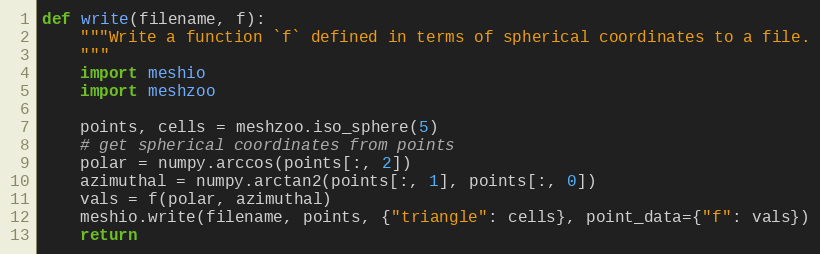
Language: Python
def write(filename, f):
    """Write a function `f` defined in terms of spherical coordinates to a file.
    """
    import meshio
    import meshzoo

    points, cells = meshzoo.iso_sphere(5)
    # get spherical coordinates from points
    polar = numpy.arccos(points[:, 2])
    azimuthal = numpy.arctan2(points[:, 1], points[:, 0])
    vals = f(polar, azimuthal)
    meshio.write(filename, points, {"triangle": cells}, point_data={"f": vals})
    return